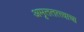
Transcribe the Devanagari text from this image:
अमृततत्त्वाचा